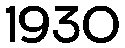
1930